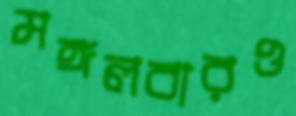
মঙ্গলবারও